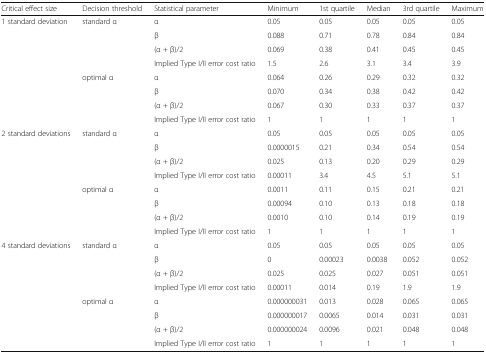
<table><thead><tr><td><b>Critical effect size</b></td><td><b>Decision threshold</b></td><td><b>Statistical parameter</b></td><td><b>Minimum</b></td><td><b>1st quartile</b></td><td><b>Median</b></td><td><b>3rd quartile</b></td><td><b>Maximum</b></td></tr></thead><tbody><tr><td rowspan="8">1 standard deviation</td><td rowspan="4">standard α</td><td>α</td><td>0.05</td><td>0.05</td><td>0.05</td><td>0.05</td><td>0.05</td></tr><tr><td>β</td><td>0.088</td><td>0.71</td><td>0.78</td><td>0.84</td><td>0.84</td></tr><tr><td>(α + β)/2</td><td>0.069</td><td>0.38</td><td>0.41</td><td>0.45</td><td>0.45</td></tr><tr><td>Implied Type I/II error cost ratio</td><td>1.5</td><td>2.6</td><td>3.1</td><td>3.4</td><td>3.9</td></tr><tr><td rowspan="4">optimal α</td><td>α</td><td>0.064</td><td>0.26</td><td>0.29</td><td>0.32</td><td>0.32</td></tr><tr><td>β</td><td>0.070</td><td>0.34</td><td>0.38</td><td>0.42</td><td>0.42</td></tr><tr><td>(α + β)/2</td><td>0.067</td><td>0.30</td><td>0.33</td><td>0.37</td><td>0.37</td></tr><tr><td>Implied Type I/II error cost ratio</td><td>1</td><td>1</td><td>1</td><td>1</td><td>1</td></tr><tr><td rowspan="8">2 standard deviations</td><td rowspan="4">standard α</td><td>α</td><td>0.05</td><td>0.05</td><td>0.05</td><td>0.05</td><td>0.05</td></tr><tr><td>β</td><td>0.0000015</td><td>0.21</td><td>0.34</td><td>0.54</td><td>0.54</td></tr><tr><td>(α + β)/2</td><td>0.025</td><td>0.13</td><td>0.20</td><td>0.29</td><td>0.29</td></tr><tr><td>Implied Type I/II error cost ratio</td><td>0.00011</td><td>3.4</td><td>4.5</td><td>5.1</td><td>5.1</td></tr><tr><td rowspan="4">optimal α</td><td>α</td><td>0.0011</td><td>0.11</td><td>0.15</td><td>0.21</td><td>0.21</td></tr><tr><td>β</td><td>0.00094</td><td>0.10</td><td>0.13</td><td>0.18</td><td>0.18</td></tr><tr><td>(α + β)/2</td><td>0.0010</td><td>0.10</td><td>0.14</td><td>0.19</td><td>0.19</td></tr><tr><td>Implied Type I/II error cost ratio</td><td>1</td><td>1</td><td>1</td><td>1</td><td>1</td></tr><tr><td rowspan="8">4 standard deviations</td><td rowspan="4">standard α</td><td>α</td><td>0.05</td><td>0.05</td><td>0.05</td><td>0.05</td><td>0.05</td></tr><tr><td>β</td><td>0</td><td>0.00023</td><td>0.0038</td><td>0.052</td><td>0.052</td></tr><tr><td>(α + β)/2</td><td>0.025</td><td>0.025</td><td>0.027</td><td>0.051</td><td>0.051</td></tr><tr><td>Implied Type I/II error cost ratio</td><td>0.00011</td><td>0.014</td><td>0.19</td><td>1.9</td><td>1.9</td></tr><tr><td rowspan="4">optimal α</td><td>α</td><td>0.000000031</td><td>0.013</td><td>0.028</td><td>0.065</td><td>0.065</td></tr><tr><td>β</td><td>0.000000017</td><td>0.0065</td><td>0.014</td><td>0.031</td><td>0.031</td></tr><tr><td>(α + β)/2</td><td>0.000000024</td><td>0.0096</td><td>0.021</td><td>0.048</td><td>0.048</td></tr><tr><td>Implied Type I/II error cost ratio</td><td>1</td><td>1</td><td>1</td><td>1</td><td>1</td></tr></tbody></table>